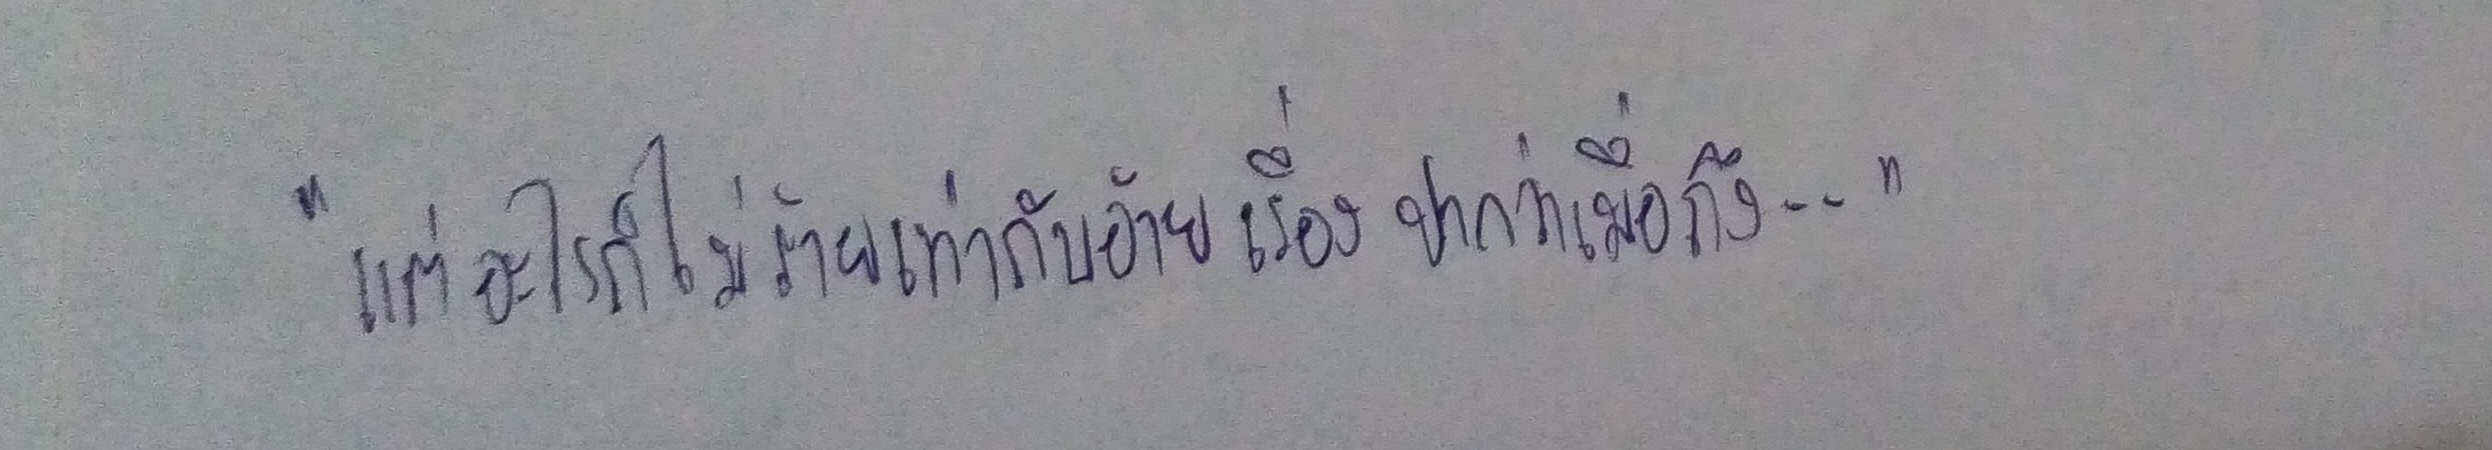
"แต่อะไรก็ไม่ร้ายเท่ากับอ้ายเรื่องปากว่าเมื่อถึง--"